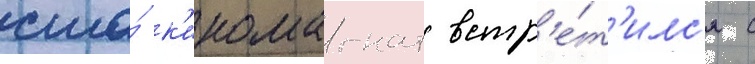
сша́ к'иномагнат встр'е́т'илс'я с